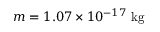
m = 1 . 0 7 \times 1 0 ^ { - 1 7 } ~ \mathrm { k g }